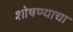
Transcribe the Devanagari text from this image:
शोषण्याचा